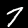
Label: 7